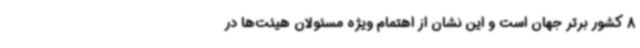
8 کشور برتر جهان است و این نشان از اهتمام ویژه مسئولان هیئت‌ها در